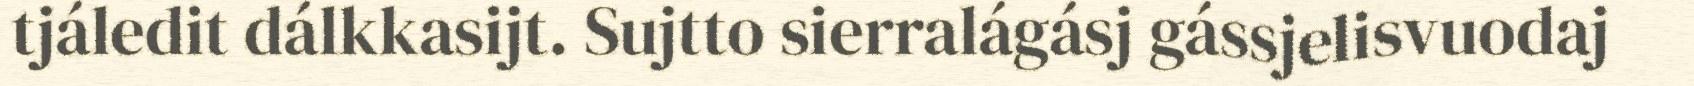
tjáledit dálkkasijt. Sujtto sierralágásj gássjelisvuodaj